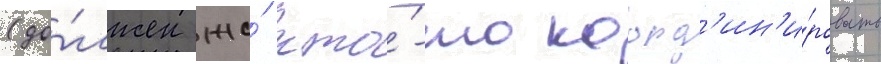
(до́лжен же́ кто́-то коорд'ин'и́ровать